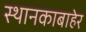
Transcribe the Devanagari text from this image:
स्थानकाबाहेर